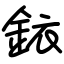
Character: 銥